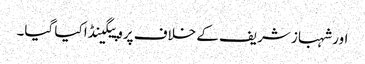
اور شہباز شریف کے خلاف پروپیگینڈا کیا گیا۔